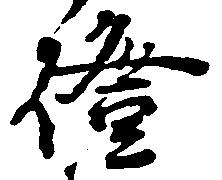
燈